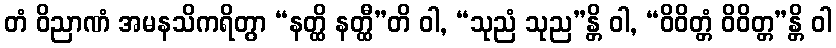
တံ ဝိညာဏံ အမနသိကရိတွာ “နတ္ထိ နတ္ထီ”တိ ဝါ, “သုညံ သုည”န္တိ ဝါ, “ဝိဝိတ္တံ ဝိဝိတ္တ”န္တိ ဝါ